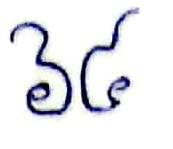
៦៤